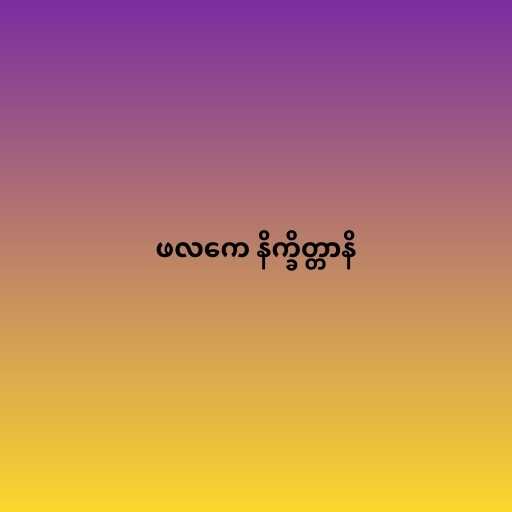
ဖလကေ နိက္ခိတ္တာနိ